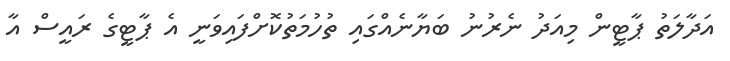
އަދާލަތު ޕާޓީން މިއަދު ނެރުނު ބަޔާނެއްގައި ތުހުމަތުކޮށްފައިވަނީ އެ ޕާޓީގެ ރައީސް އާ